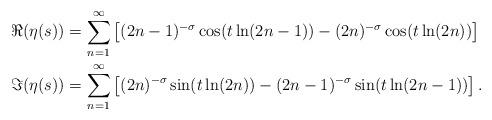
LaTeX: \begin{align*}\Re(\eta(s)) &= \sum_{n=1}^\infty\left[(2n-1)^{-\sigma}\cos(t\ln(2n-1)) - (2n)^{-\sigma}\cos(t\ln(2n))\right]\\\Im(\eta(s)) &= \sum_{n=1}^\infty\left[(2n)^{-\sigma}\sin(t\ln(2n))-(2n-1)^{-\sigma}\sin(t\ln(2n-1))\right].\end{align*}